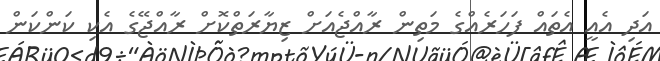
އަދި އެއީ އެތައް ފަހަރެއްގެ މަތިން ރާއްޖެއަށް ޒިޔާރަތްކޮށް ރާއްޖޭގެ އެކި ކަންކަން